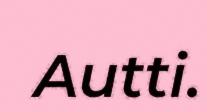
Autti.